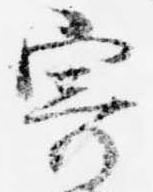
寄